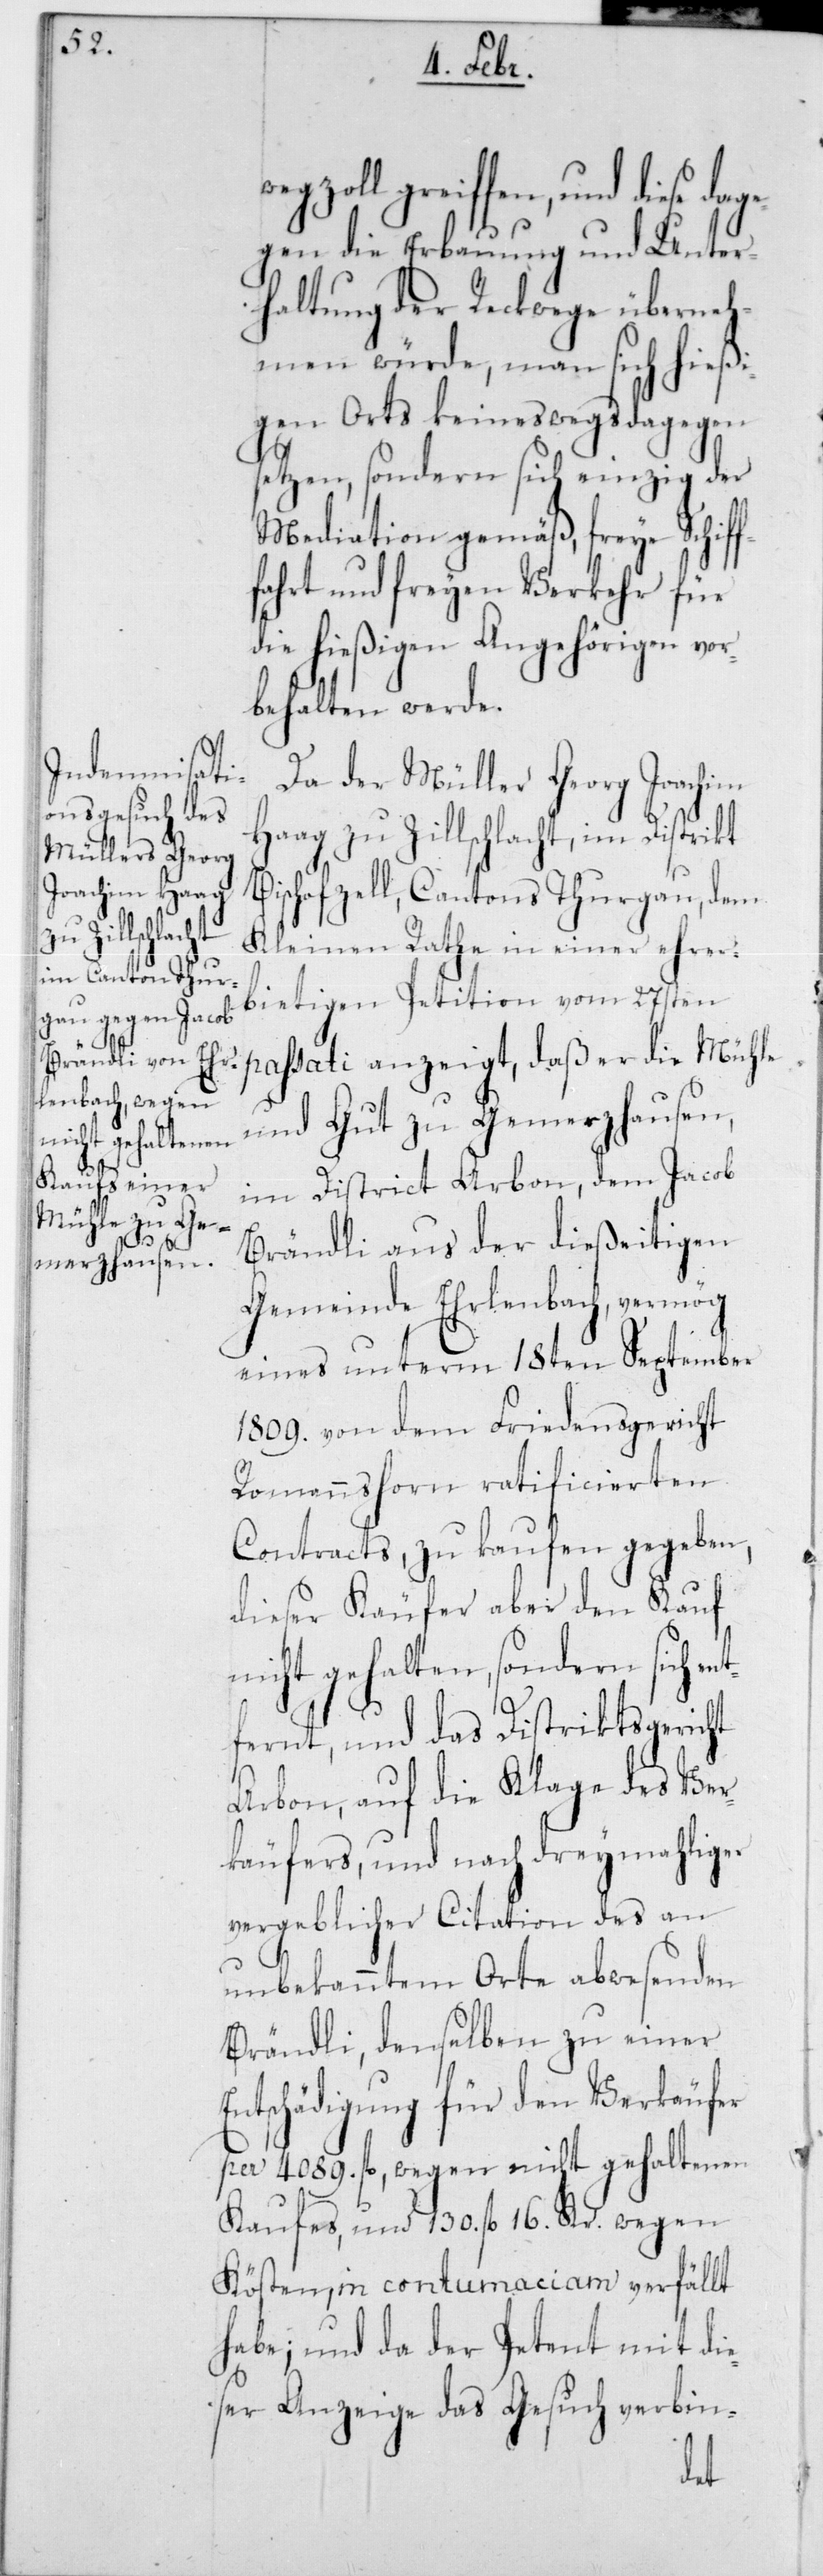
greiffen, und diese
egen die Erbauung und Unter¬
haltung der Reckwege überneh¬
men würde, man sich hießi¬
gen Orts keineswegs dagegen
setzen, sondern sich einzig der
Mediation gemäß, freye Schif¬
fahrt und freyen Verkehr für
die hießigen Angehörigen vor¬
behalten werde.
Da der Müller Georg Joachim
Haag zu Zillschlacht, im Distrikt
Bischofzell, Cantons Thurgau, dem
Kleinen Rathe in einer ehrer¬
bietigen Petition vom 27sten
passati anzeigt, daß er die Mühle
und Gut zu Gemerzhausen,
im District Arbon, dem Jacob
Brändli aus der dießeitigen
Gemeinde Ehrlenbach, vermög
eines unterm 18ten September
1809 von dem Friedensgericht
Romannshorn ratificierten
Contracts, zu kaufen gegeben,
dieser Käufer aber den Kauf
nicht gehalten, sondern sich ent¬
fernt, und das Distriktsgericht
Arbon, auf die Klage des Ver¬
käufers, und nach dreymahliger
vergeblicher Citation des an
unbekanntem Orte abwesenden
Brändli, denselben zu einer
Entschädigung für den Verkäufer
per 4089 fl., wegen nicht gehaltenen
Kaufes, und 130 fl. 16 Kr. wegen
Kösten, in contumaciam verfällt
habe; und da der Petent mit die¬
ser Anzeige das Gesuch verbin-
dag¬